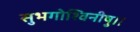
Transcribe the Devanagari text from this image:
सुभगोश्विनीषु।।